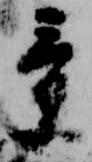
景